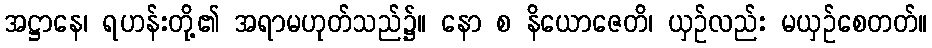
အဋ္ဌာနေ၊ ရဟန်းတို့၏ အရာမဟုတ်သည်၌။ နော စ နိယောဇေတိ၊ ယှဉ်လည်း မယှဉ်စေတတ်။